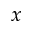
\boldsymbol { x }